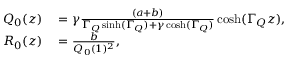
\begin{array} { r l } { Q _ { 0 } ( z ) } & { { } = \gamma \frac { ( a + b ) } { \Gamma _ { Q } \sinh ( \Gamma _ { Q } ) + \gamma \cosh ( \Gamma _ { Q } ) } \cosh ( \Gamma _ { Q } z ) , } \\ { R _ { 0 } ( z ) } & { { } = \frac { b } { Q _ { 0 } ( 1 ) ^ { 2 } } , } \end{array}